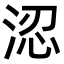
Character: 涊